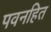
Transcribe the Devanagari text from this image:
पवनहित